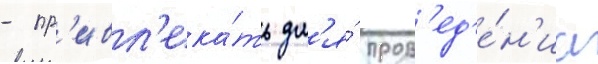
- пр'ивл'ека́ть дл'я́ пров'ед'е́н'иа